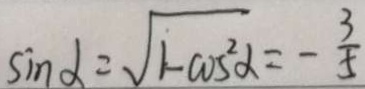
\sin \alpha = \sqrt { 1 - \cos ^ { 2 } \alpha } = - \frac { 3 } { 5 }